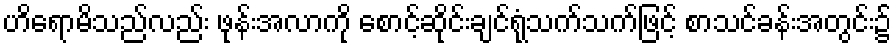
ဟိရောမိသည်လည်း ဖုန်းအလာကို စောင့်ဆိုင်းချင်ရုံသက်သက်ဖြင့် စာသင်ခန်းအတွင်း၌